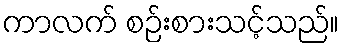
ကာလက် စဉ်းစားသင့်သည်။